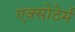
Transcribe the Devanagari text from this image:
एक्सोठेर्म